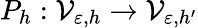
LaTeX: P_{h}:\mathcal{V}_{\varepsilon,h}\to\mathcal{V}_{\varepsilon,h^{\prime}}